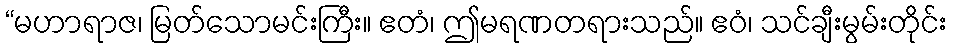
“မဟာရာဇ၊ မြတ်သောမင်းကြီး။ ဧတံ၊ ဤမရဏတရားသည်။ ဧဝံ၊ သင်ချီးမွမ်းတိုင်း